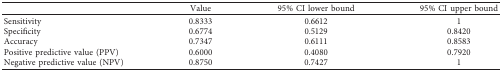
|  | Value | 95% CI lower bound | 95% CI upper bound |
 | --- | --- | --- | --- |
 | Sensitivity | 0.8333 | 0.6612 | 1 |
 | Specificity | 0.6774 | 0.5129 | 0.8420 |
 | Accuracy | 0.7347 | 0.6111 | 0.8583 |
 | Positive predictive value (PPV) | 0.6000 | 0.4080 | 0.7920 |
 | Negative predictive value (NPV) | 0.8750 | 0.7427 | 1 |